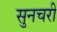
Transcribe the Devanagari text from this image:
सुनचरी